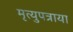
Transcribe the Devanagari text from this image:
मृत्युपत्राया